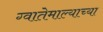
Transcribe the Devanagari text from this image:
ग्वातेमाल्याच्या